38_143685_box7_Incident_Summaries_1-100
Agency: Department of War
Page 51
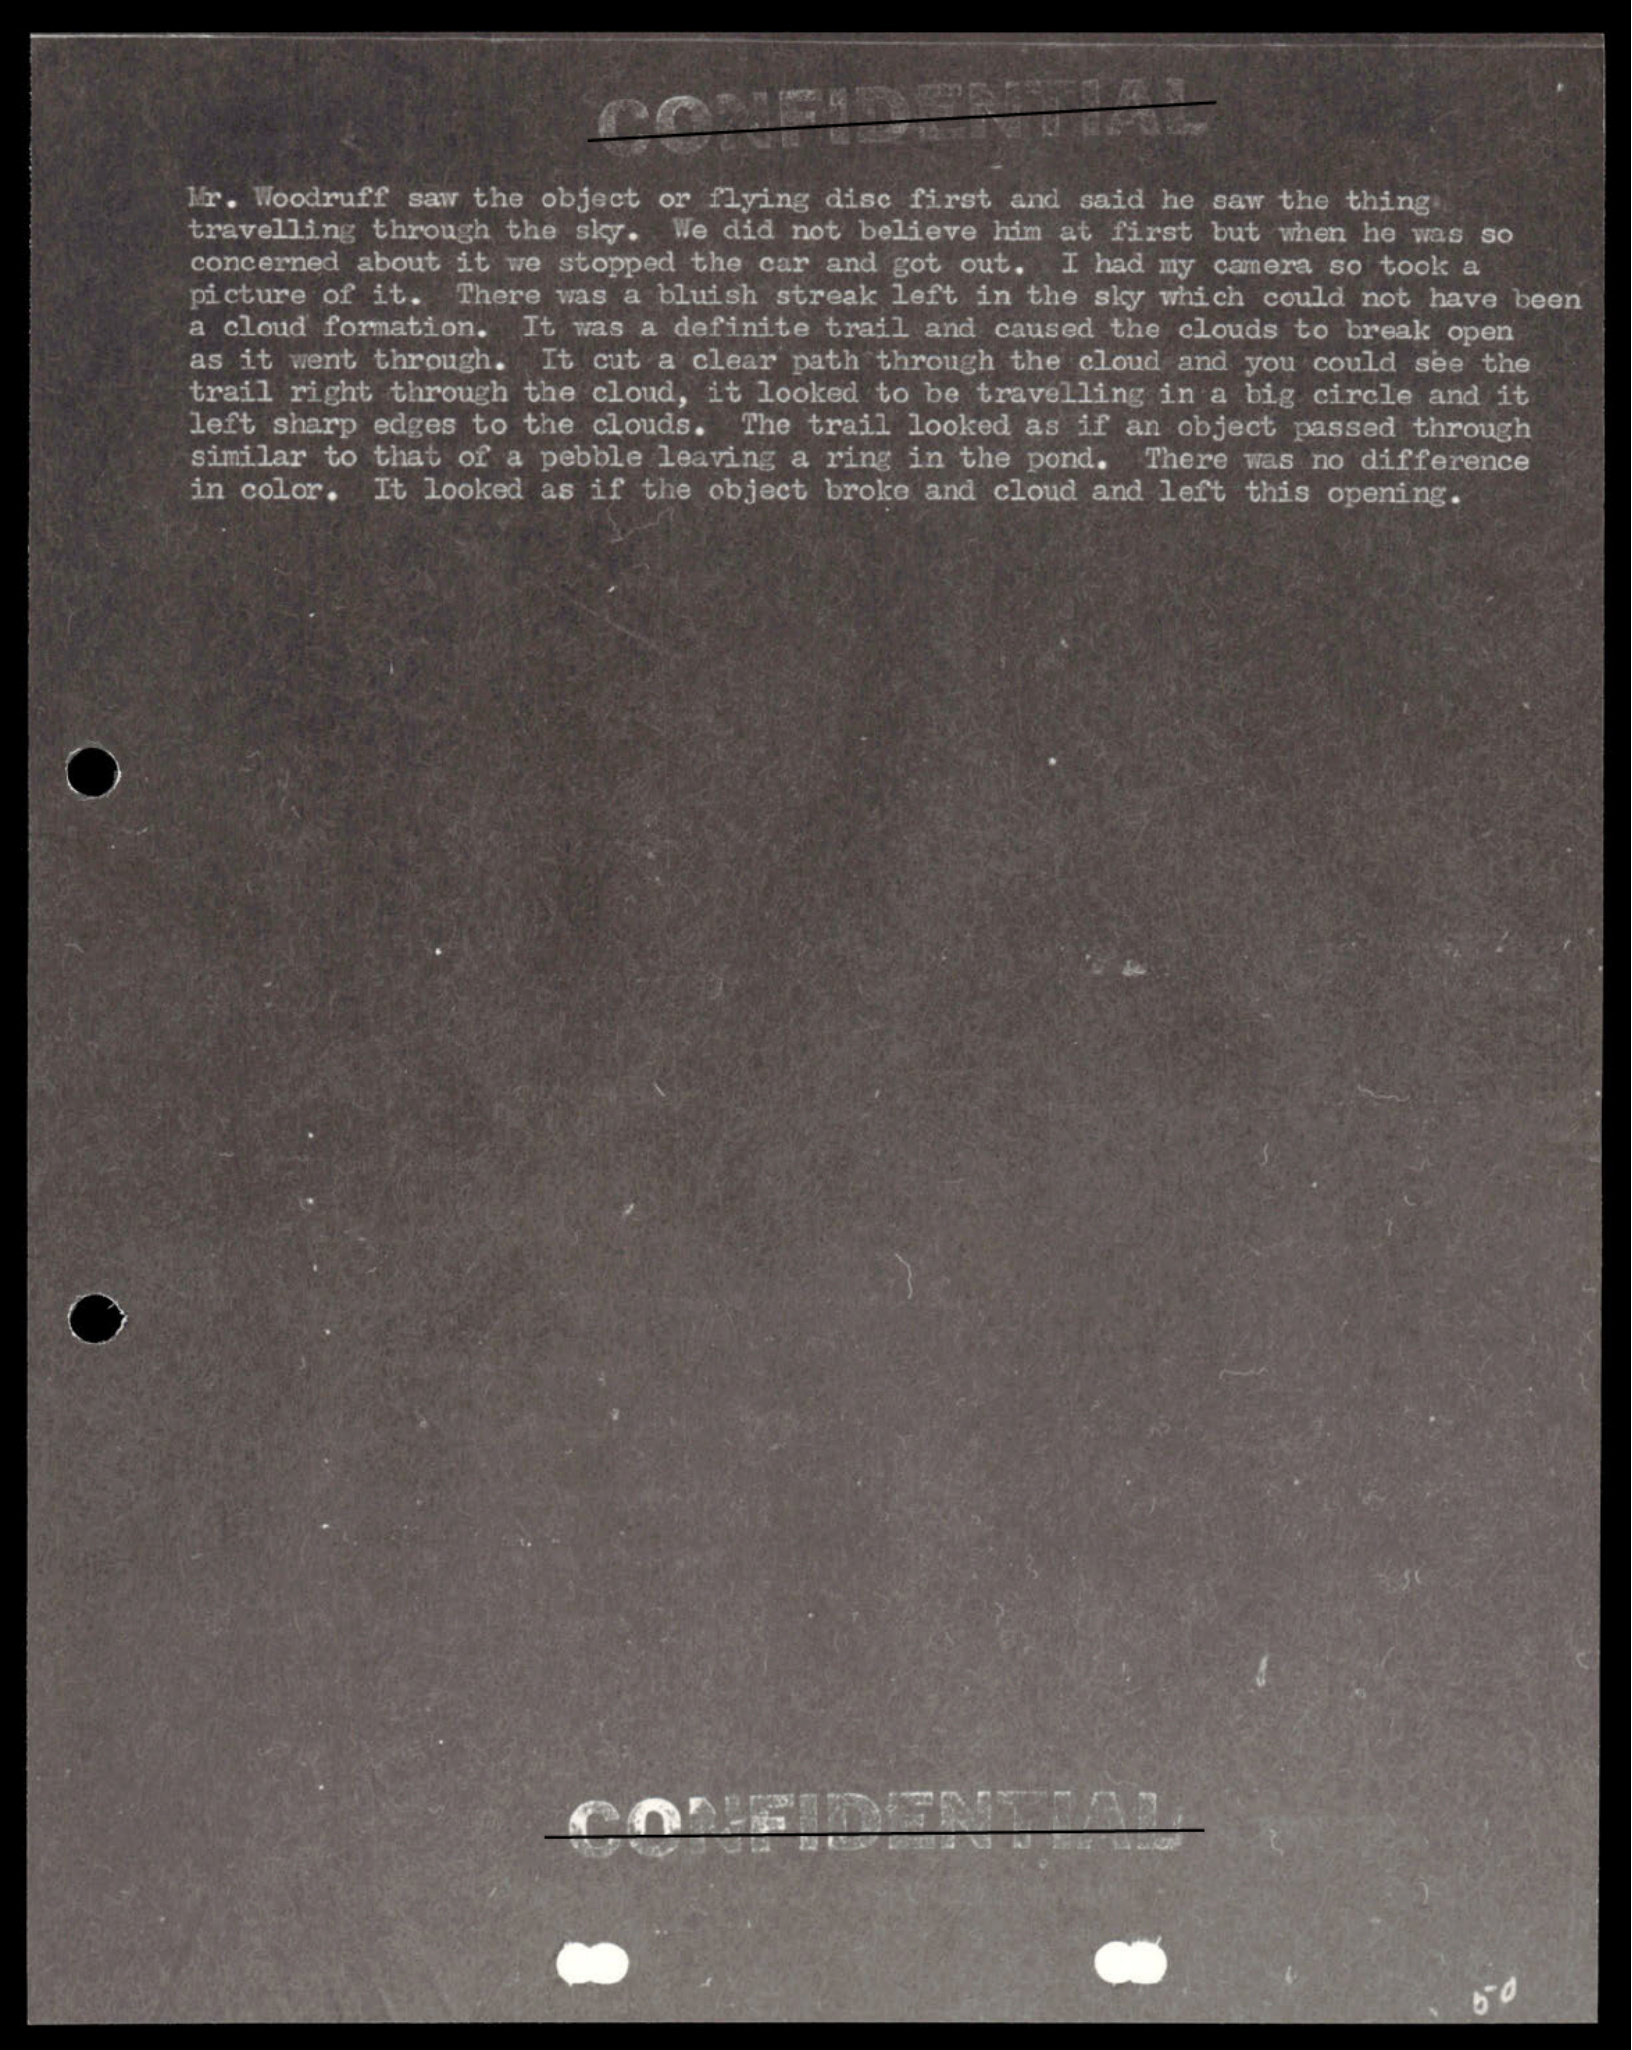